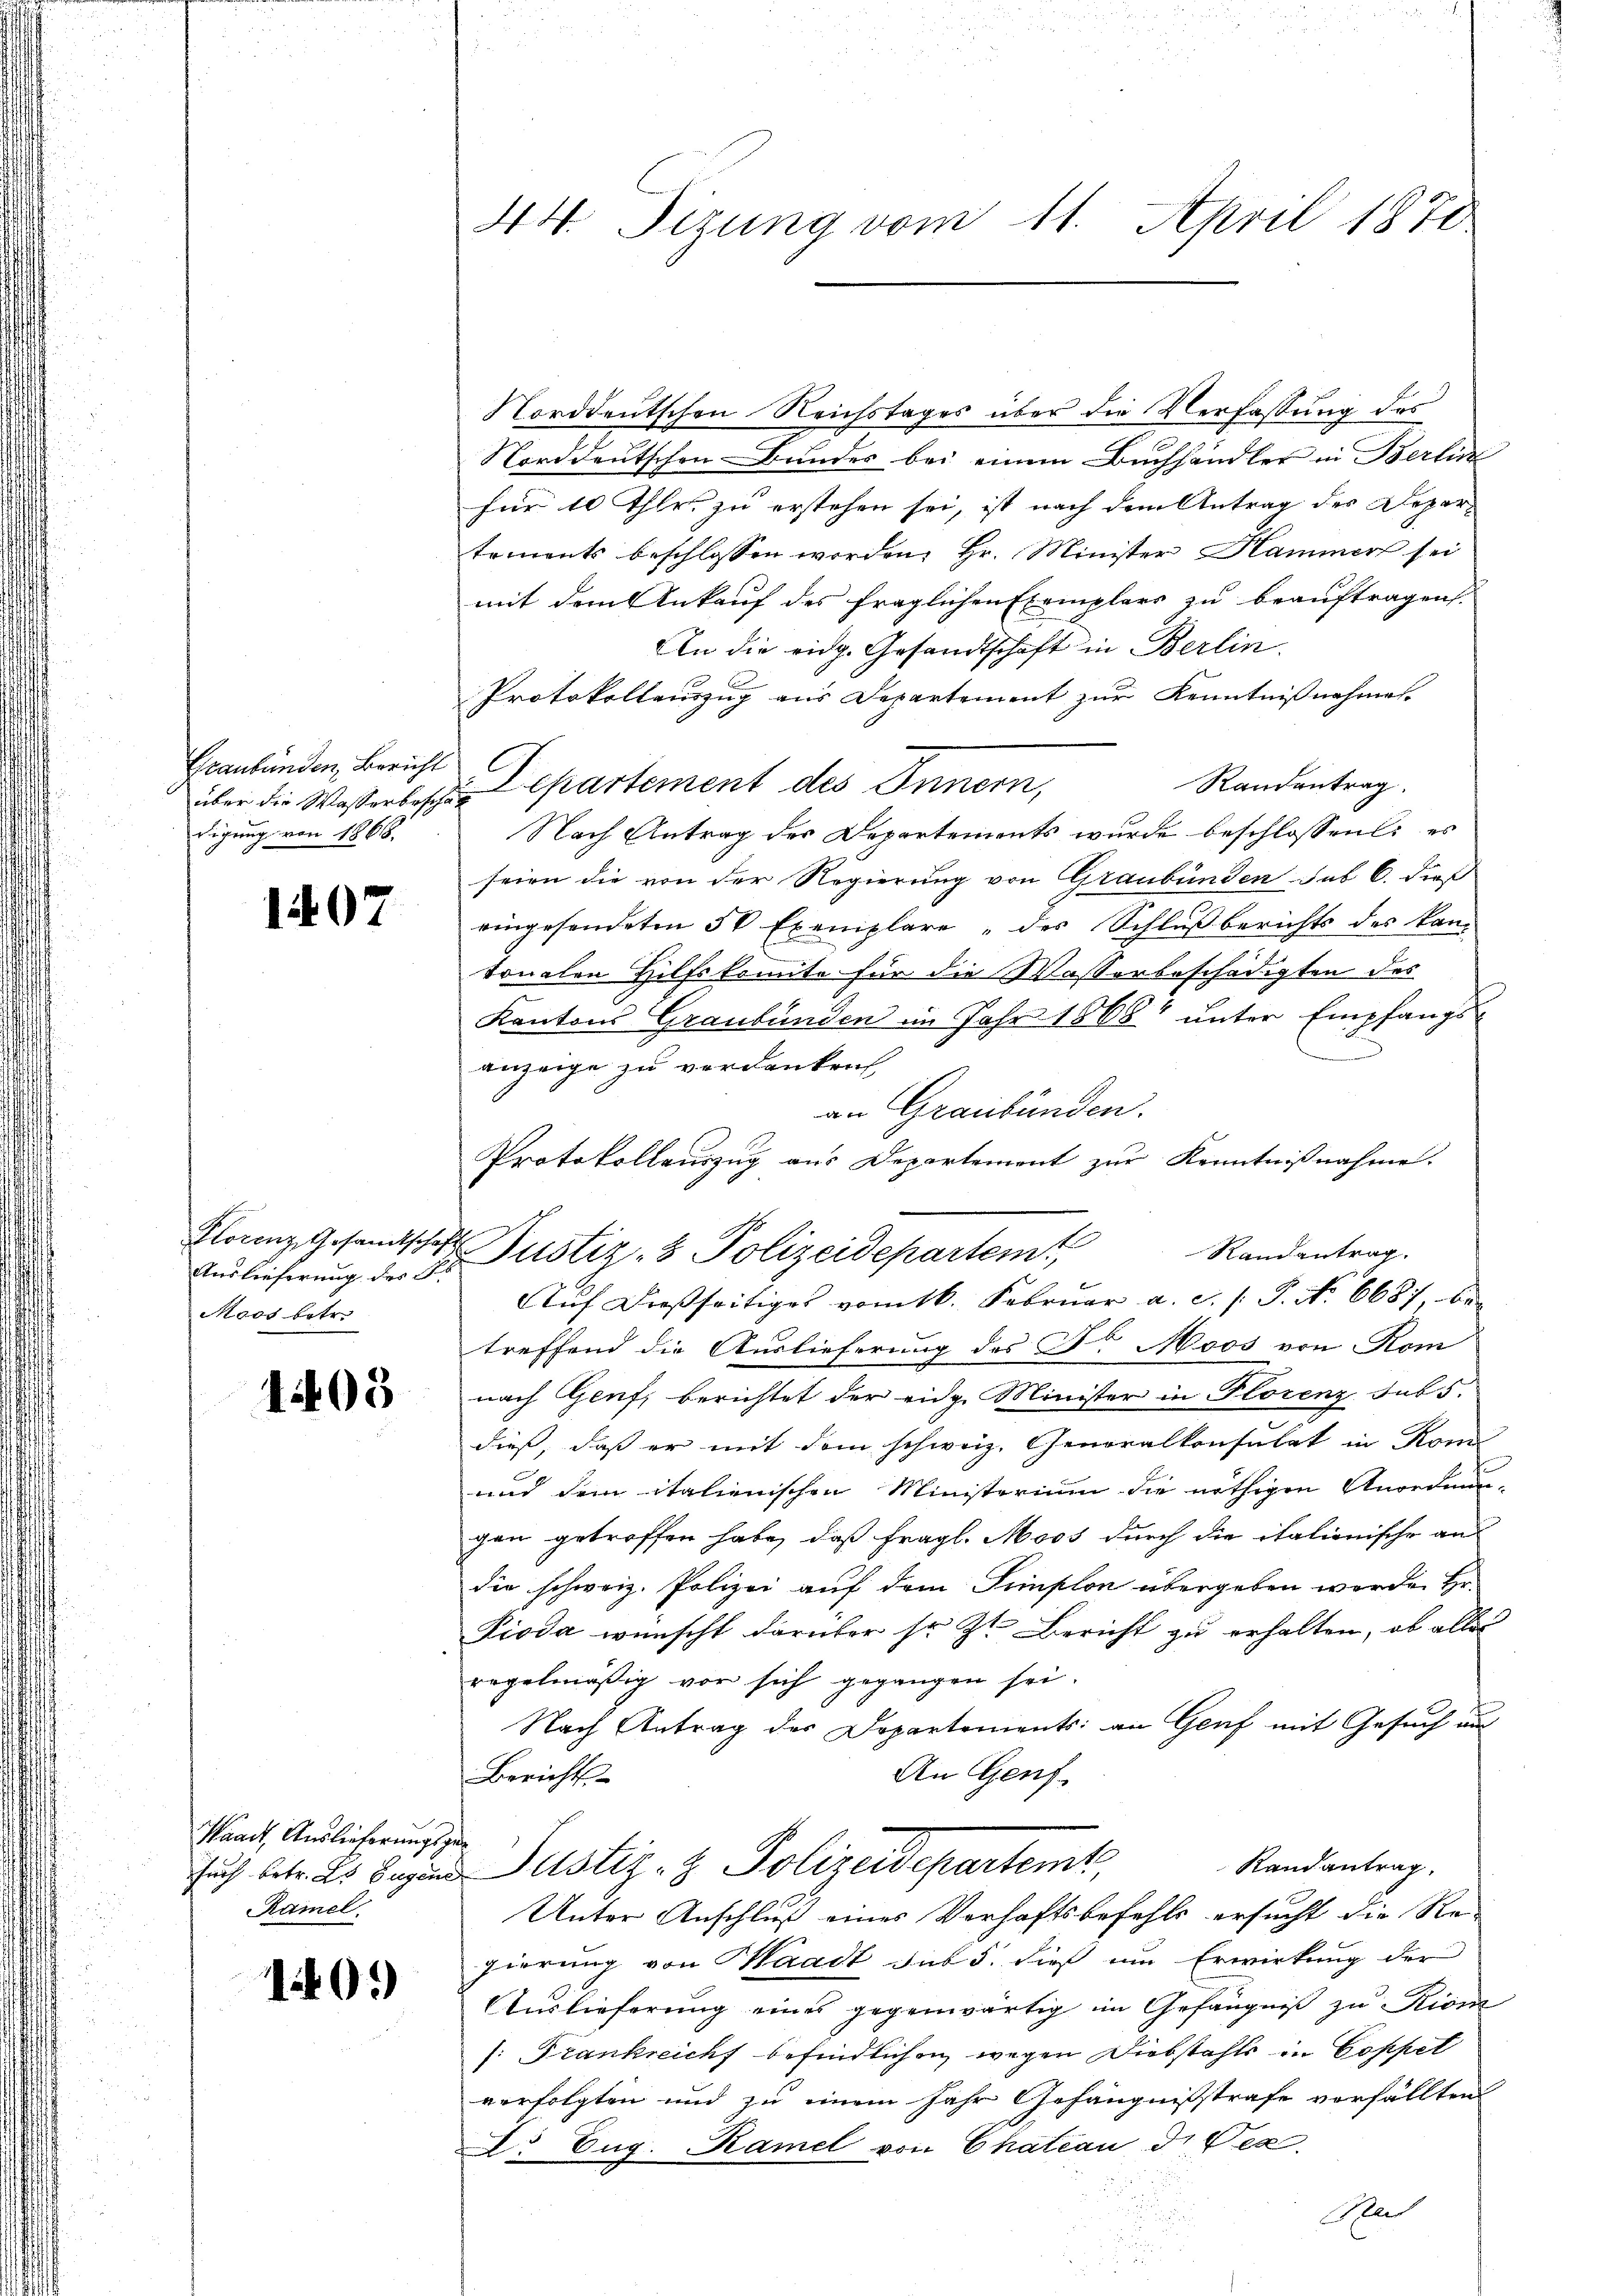
44. Sizung vom 11. April 1870

Norddeutschen Reichstages über die Verfassung des
Norddeutschen Bundes bei einem Buchhändler in Berlic
für 10 Thles zu erstehen sei, ist nach dem Antrag des Departements beschlossen worden, Hr. Minister Hammer sei
mit dem Ankauf des fraglichen Exemplars zu beauftragen
An die eidg. Gesandtschaft in Berlin.
Protokollauszug aus Departement zur Kenntnißnahmen.
Randantrag.
über die Wasserbesche partement des Innern,
Nach Antrag des Departements wurde beschlossen: es
seien die von der Regierung von Graubünden sub 6. dieß
eingesendeten 50 Exemplare des Schlußberichts des kantonalen Hilfskomite für die Wasserbeschädigten des
Kantons Graubünden im Jahr 1868 unter Empfangs-
anzeige zu verdanken,
an Graubünden.
Protokollauszug aus Departement zur Kenntnißnahme.
treffend die Auslieferung des F. Moos von Kom
nach Genf, berichtet der eidg. Minister in Florenz sub 5.
dieß, daß er mit dem schweiz. Generalkonsulat in Rom
und dem italienischen Ministerium die nöthigen Anordnun
gen getroffen habe, daß fragl. Moos durch die italienische an
die schweiz. Polizei auf dem Simplon übergeben werden He¬
Pioda wünscht darüber sr. Zt. Bericht zu erhalten, ob alles
regelmäßig vor sich gegangen sei.
Nach Antrag des Departements: an Genf mit Gesuch au
An Genf
Berichts
Randantrag.
such betr. Es begina Justiz- & Polizeidepartemt
Unter Anschluß eines Verhaftsbefehls ersucht die Re-
gierung von Waadt sub 5. dieß um Erwirkung der
Auslieferung eines gegenwärtig im Gefängniß zu Kien
/: Frankreicht befindlichen wegen Diebstahls in Coppel
verfolgten und zu einem Jahr Gefängnißstrafe vorfällten
D. Eug. Ramel von Chateau de Ver
Au
u

Graubünden, Bericht
digung von 1866.

1407

flanz. Gesandtschaften Justiz- & Polizeidepartemt

Auf dießseitiges vom 16. Februar a. c. s. S. No 6687, be¬

Auslieferung des S
Moos betr.

Randantrag.

1403

Waadt, Auslieferungsge
Ramel

140.)